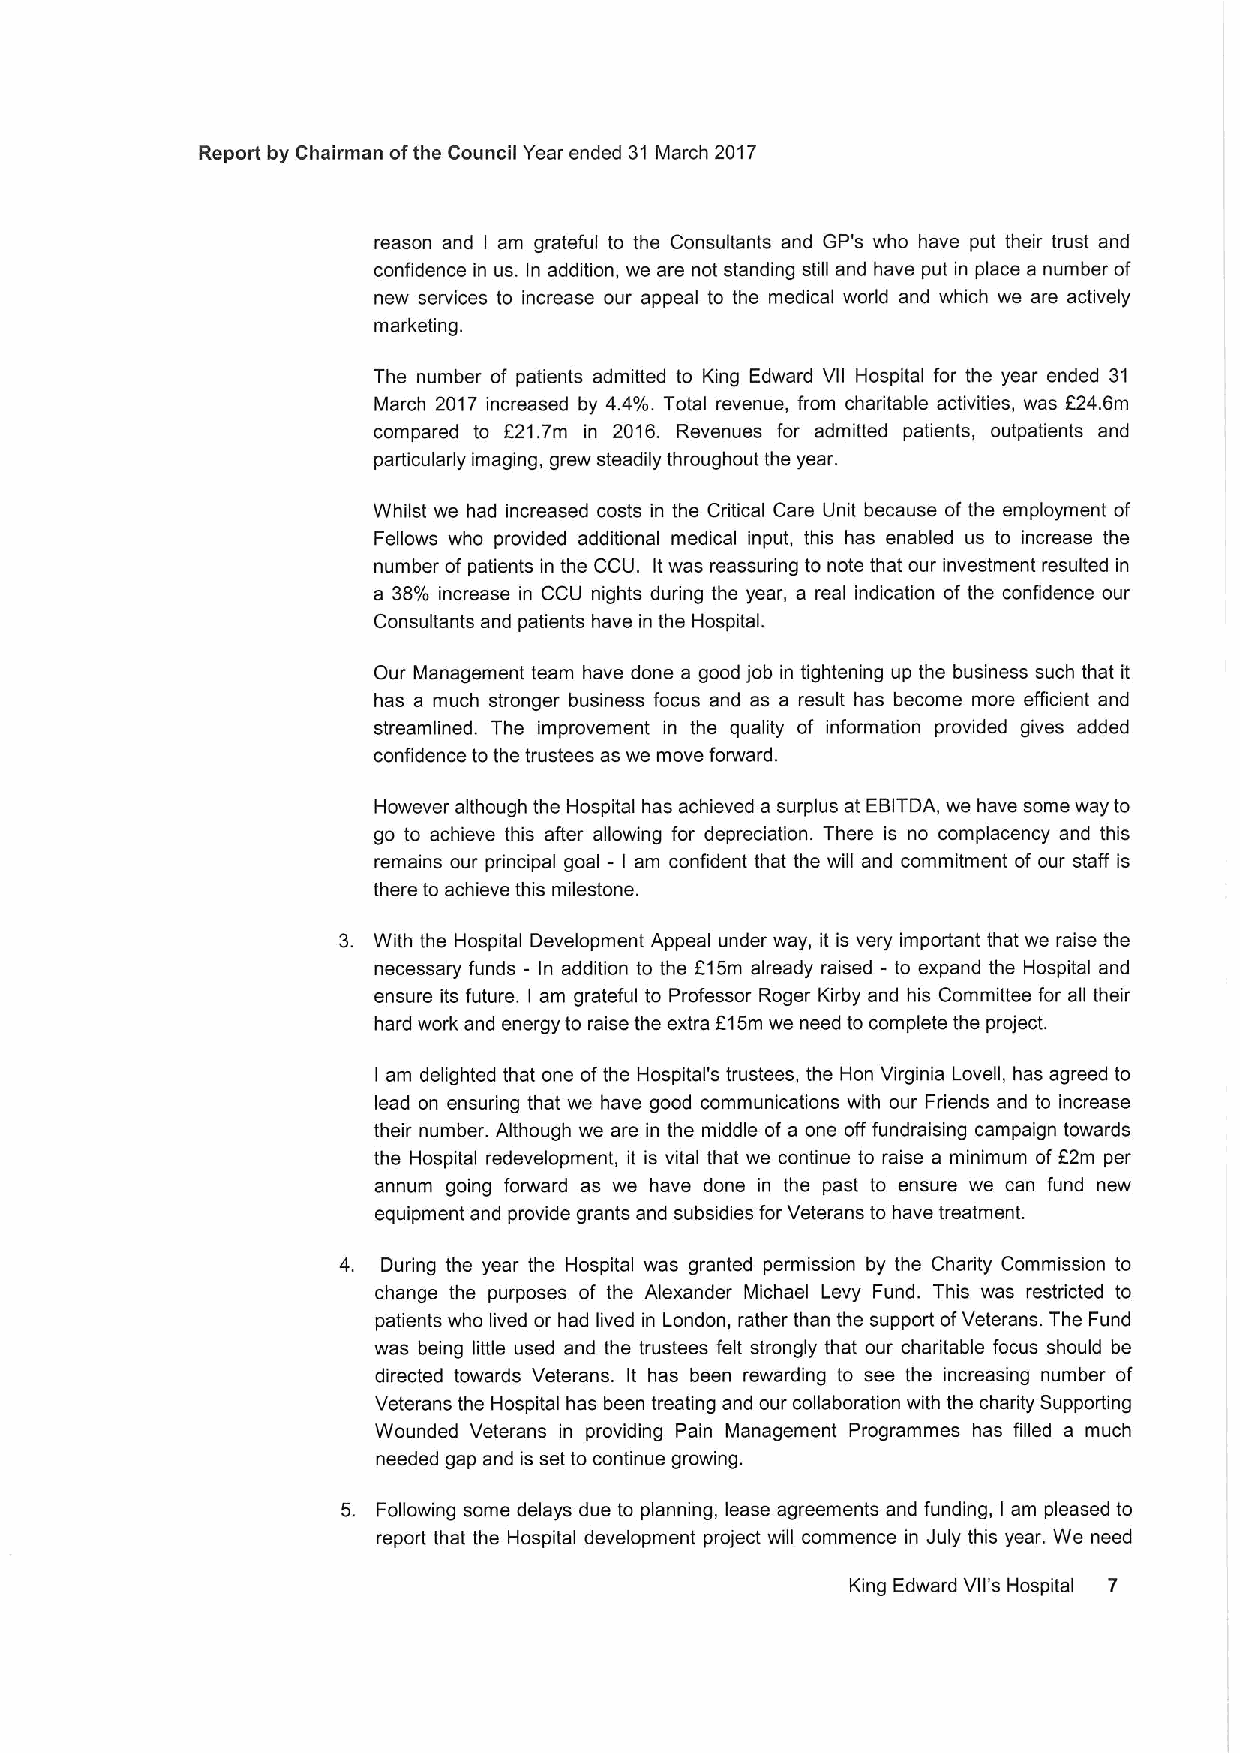
Report by Chairman ofthe Council Year ended 31 March 2017
 reason and am grateful to the Consultants and GP's who have put their trust and
 I
 confidence in us. In addition, we are not standing still and have put in place a number of
 new services to increase our appeal to the medical world and which we are actively
 marketing.
 The number of patients admitted to King Edward Vll Hospital for the year ended 31
 March 2017 increased by 4.4'/o. Total revenue, from charitable activities, was 624.6m
 compared to 521.7m in 2016. Revenues for admitted patients, outpatients and
 particularly imaging, grew steadily throughout the year.
 Whilst we had increased costs in the Critical Care Unit because ofthe employment of
 Fellows who provided additional medical input, this has enabled us to increase the
 number of patients in the CCU. Itwas reassuring to note that our investment resulted in
 a 38'/v increase in CCU nights during the year, a real indication of the confidence our
 Consultants and patients have in the Hospital.
 Our Management team have done a good job in tightening up the business such that it
 has a much stronger business focus and as a result has become more efficient and
 streamlined. The improvement in the quality of information provided gives added
 confidence tothe trustees as we move forward.
 However although the Hospital has achieved a surplus at EBITDA, we have some way to
 go to achieve this after allowing for depreciation. There is no complacency and this
 remains our principal goal - I am confident that the will and commitment of our staff is
 there to achieve this milestone.
 3. With the Hospital Development Appeal under way, it is very important that we raise the
 necessary funds - In addition to the f15m already raised - to expand the Hospital and
 ensure its future. am grateful to Professor Roger Kirby and his Committee for all their
 I
 hard work and energy to raise the extra F15m we need to complete the project.
 am delighted that one ofthe Hospital's trustees, the Hon Virginia Lovell, has agreed to
 I
 lead on ensuring that we have good communications with our Friends and to increase
 their number. Although we are in the middle of a one off fundraising campaign towards
 the Hospital redevelopment, it is vital that we continue to raise a minimum of E2m per
 annum going forward as we have done in the past to ensure we can fund new
 equipment and provide grants and subsidies for Veterans to have treatment.
 4. During the year the Hospital was granted permission by the Charity Commission to
 change the purposes of the Alexander Michael Levy Fund. This was restricted to
 patients who lived or had lived in London, rather than the support ofVeterans. The Fund
 was being little used and the trustees felt strongly that our charitable focus should be
 directed towards Veterans. It has been rewarding to see the increasing number of
 Veterans the Hospital has been treating and our collaboration with the charity Supporting
 Wounded Veterans in providing Pain Management Programmes has filled a much
 needed gap and is set to continue growing.
 5. Following some delays due to planning, lease agreements and funding, I am pleased to
 report that the Hospital development project will commence in July this year. We need
 King Edward Vll's Hospital 7